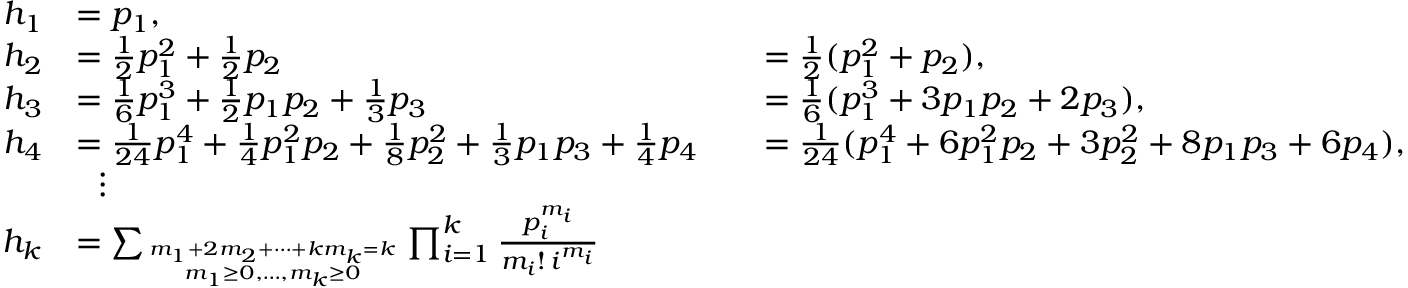
{ \begin{array} { r l r l } { h _ { 1 } } & { = p _ { 1 } , } \\ { h _ { 2 } } & { = \textstyle { \frac { 1 } { 2 } } p _ { 1 } ^ { 2 } + { \frac { 1 } { 2 } } p _ { 2 } } & & { = \textstyle { \frac { 1 } { 2 } } ( p _ { 1 } ^ { 2 } + p _ { 2 } ) , } \\ { h _ { 3 } } & { = \textstyle { \frac { 1 } { 6 } } p _ { 1 } ^ { 3 } + { \frac { 1 } { 2 } } p _ { 1 } p _ { 2 } + { \frac { 1 } { 3 } } p _ { 3 } } & & { = \textstyle { \frac { 1 } { 6 } } ( p _ { 1 } ^ { 3 } + 3 p _ { 1 } p _ { 2 } + 2 p _ { 3 } ) , } \\ { h _ { 4 } } & { = \textstyle { \frac { 1 } { 2 4 } } p _ { 1 } ^ { 4 } + { \frac { 1 } { 4 } } p _ { 1 } ^ { 2 } p _ { 2 } + { \frac { 1 } { 8 } } p _ { 2 } ^ { 2 } + { \frac { 1 } { 3 } } p _ { 1 } p _ { 3 } + { \frac { 1 } { 4 } } p _ { 4 } } & & { = \textstyle { \frac { 1 } { 2 4 } } ( p _ { 1 } ^ { 4 } + 6 p _ { 1 } ^ { 2 } p _ { 2 } + 3 p _ { 2 } ^ { 2 } + 8 p _ { 1 } p _ { 3 } + 6 p _ { 4 } ) , } \\ & { ~ ~ \vdots } \\ { h _ { k } } & { = \sum _ { m _ { 1 } + 2 m _ { 2 } + \cdots + k m _ { k } = k \atop m _ { 1 } \geq 0 , \ldots , m _ { k } \geq 0 } \prod _ { i = 1 } ^ { k } { \frac { p _ { i } ^ { m _ { i } } } { m _ { i } ! \, i ^ { m _ { i } } } } } \end{array} }